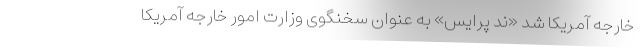
خارجه آمریکا شد «ند پرایس» به عنوان سخنگوی وزارت‌ امور خارجه آمریکا